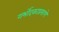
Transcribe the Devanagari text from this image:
गर्भोदकाप्रमाणे